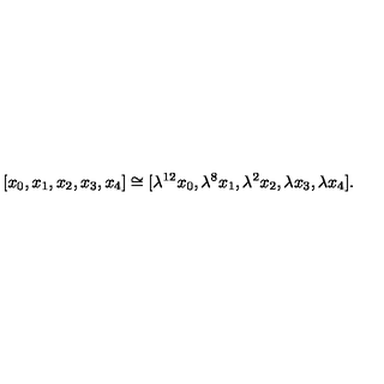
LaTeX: [ x _ { 0 } , x _ { 1 } , x _ { 2 } , x _ { 3 } , x _ { 4 } ] \cong [ \lambda ^ { 1 2 } x _ { 0 } , \lambda ^ { 8 } x _ { 1 } , \lambda ^ { 2 } x _ { 2 } , \lambda x _ { 3 } , \lambda x _ { 4 } ] .